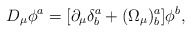
\begin{align*}D_\mu\phi^a=[\partial_\mu\delta^a_b+(\Omega_\mu)^a_b]\phi^b,\end{align*}